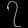
Digit: ၇